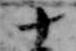
十